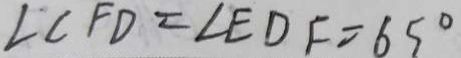
\angle C F D = \angle E D F = 6 5 ^ { \circ }